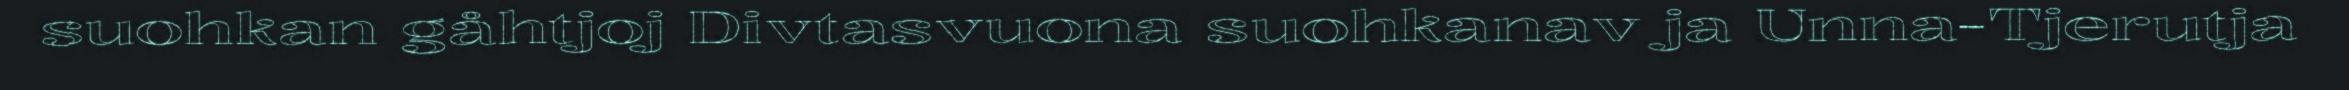
suohkan gåhtjoj Divtasvuona suohkanav ja Unna-Tjerutja